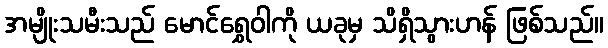
အမျိုးသမီးသည် မောင်ရွှေဝါကို ယခုမှ သိရှိသွားဟန် ဖြစ်သည်။